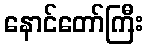
နောင်တော်ကြီး